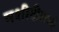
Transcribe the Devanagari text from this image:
मशीदीमध्ये